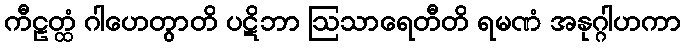
ကီဠတ္ထံ ဂါဟေတွာတိ ပဋိဘာ ဩသာရေတီတိ ရမဏံ အနုဂ္ဂါဟကာ